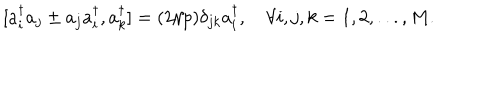
[ a _ { i } ^ { \dagger } a _ { j } \pm a _ { j } a _ { i } ^ { \dagger } , a _ { k } ^ { \dagger } ] = ( 2 / p ) \delta _ { j k } a _ { i } ^ { \dagger } , \quad \forall i , j , k = 1 , 2 , . . . , M .